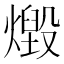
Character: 燬